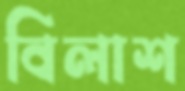
বিলাশ